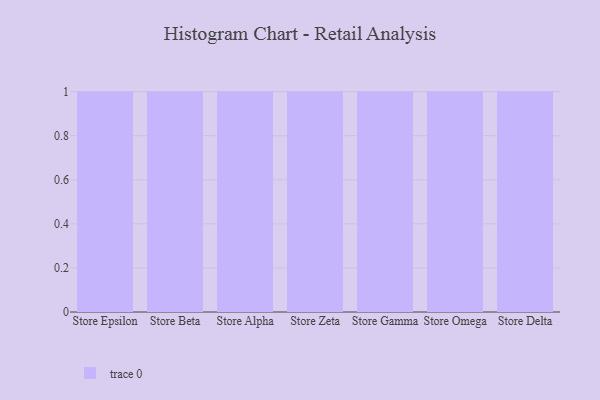
{"axis": {"x": "Store", "y": "Tickets Resolved"}, "legend": [""], "data": [{"x": "Store Epsilon", "y": 62, "type": ""}, {"x": "Store Beta", "y": 22, "type": ""}, {"x": "Store Alpha", "y": 91, "type": ""}, {"x": "Store Zeta", "y": 24, "type": ""}, {"x": "Store Gamma", "y": 78, "type": ""}, {"x": "Store Omega", "y": 10, "type": ""}, {"x": "Store Delta", "y": 95, "type": ""}]}